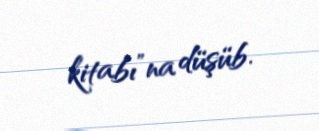
kitabı”na düşüb.